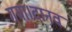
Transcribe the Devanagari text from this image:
गया।दानव